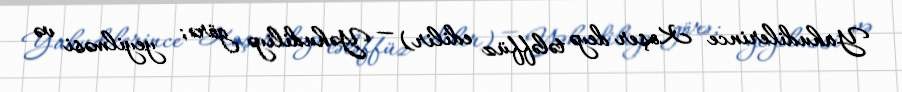
Yahudilerince Koşer deyə tələffüz edilir) — Yəhudiliyə görə; yeyilməsi və